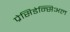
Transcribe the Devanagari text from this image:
प्रेसिडेन्सिअल